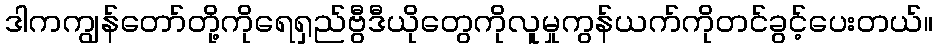
ဒါကကျွန်တော်တို့ကိုရေရှည်ဗွီဒီယိုတွေကိုလူမှုကွန်ယက်ကိုတင်ခွင့်ပေးတယ်။